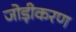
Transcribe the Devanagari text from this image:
जोड़ीकरण